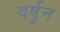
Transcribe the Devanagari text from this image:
वर्षुन